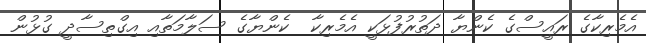
އެމެރިކާގެ ރައީސްގެ ކެންޔާ ދަތުރުފުޅަކީ އެމެރިކާ  ކެންޔާގެ ސަލާމަތާއި އިގްތިސާދީ ގުޅުން